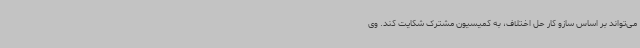
می‌تواند بر اساس سازو کار حل اختلاف، به کمیسیون مشترک شکایت کند. وی